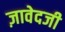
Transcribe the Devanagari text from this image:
ज़ावेदजी